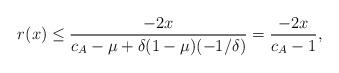
LaTeX: \begin{align*} r(x) &\leq \frac{-2x}{c_A - \mu + \delta(1-\mu) (-1/\delta)} = \frac{-2x}{c_A - 1}, \end{align*}